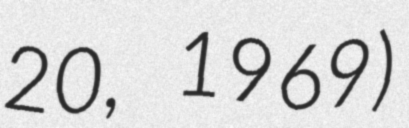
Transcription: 20, 1969)